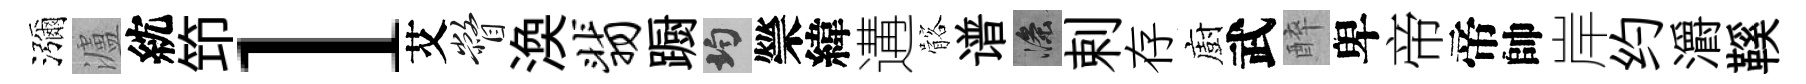
瀰瀘紞笻l艾瞥渙翡蹰均禜緯遘髂谱滌剌存廚武醉卑帝帝帥岸约灂鞵